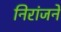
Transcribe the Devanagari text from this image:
निरांजने